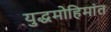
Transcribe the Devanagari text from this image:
युद्धमोहिमांत